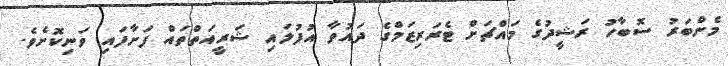
މެންބަރު ސޮބާހު ރަޝީދުގެ މައްޗަށް ޓެރަރިޒަމްގެ ދައުވާ އުފުލައި ޝަރީއަތްތައް ފަށާފައި ވަނިކޮށެވެ.